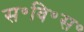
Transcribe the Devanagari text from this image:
स॰वि॰स॰